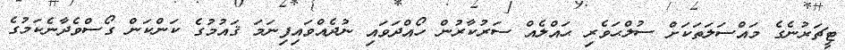
ޓީޗަރުނެގެ މައްސަލަތަކަށް ސުލްޙަވެރި ޙައްލެއް ސަރުކާރުން ހޯއްދަވައި ނުދެއްވައިފިނަމަ ޤައުމުގެ ކަންކަން ގޯސްވެދާނެކަމުގެ